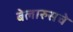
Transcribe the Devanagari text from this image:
बेलारुसचे